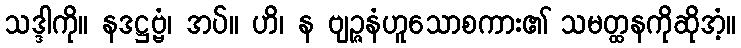
သဒ္ဒါကို။ နဒဋ္ဌဗ္ဗံ၊ အပ်။ ဟိ၊ န ဗျဉ္ဇနံဟူသောစကား၏ သမတ္ထနကိုဆိုအံ့။